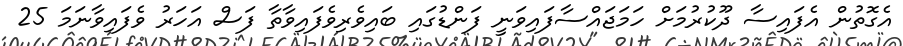
އެގޮތުން އެފައިސާ ދޫކުރުމަށް ހަމަޖައްސާފައިވަނީ ފަންޑުގައި ބައިވެރިވެފައިވާތާ ފަސް އަހަރު ވެފައިވާނަމަ 25